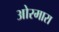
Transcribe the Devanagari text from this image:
ओरमारा